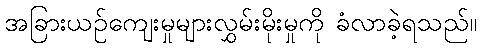
အခြားယဉ်ကျေးမှုများလွှမ်းမိုးမှုကို ခံလာခဲ့ရသည်။